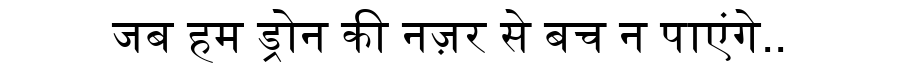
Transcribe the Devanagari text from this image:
जब हम ड्रोन की नज़र से बच न पाएंगे..